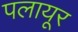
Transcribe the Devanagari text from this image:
पलायूर